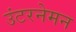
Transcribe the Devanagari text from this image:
उंटरनेमन